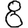
Digit: 8